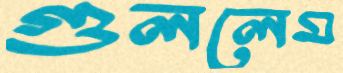
গুললেম